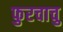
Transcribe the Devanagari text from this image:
फुरचाचु